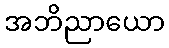
အဘိညာယော